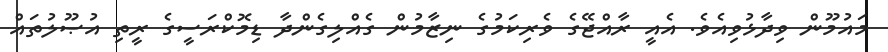
މައުމޫން ވިދާޅުވިއެވެ. އެއީ ރާއްޖޭގެ ވެރިކަމުގެ ނިޒާމުން ގެއްލިގެންދާ ޑިމޮކްރަސީގެ ރީތި އުޞޫލުތައް